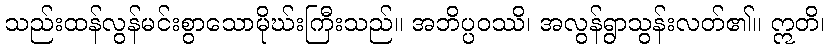
သည်းထန်လွန်မင်းစွာသောမိုဃ်းကြီးသည်။ အဘိပ္ပဝဿိ၊ အလွန်ရွာသွန်းလတ်၏။ ဣတိ၊